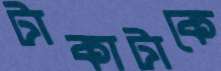
টাকাটাকে